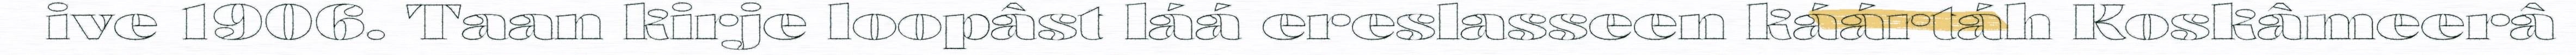
ive 1906. Taan kirje loopâst láá ereslasseen káártáh Koskâmeerâ